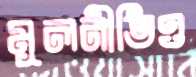
মূলনীতিও